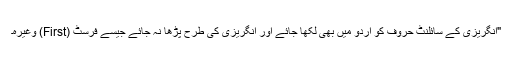
"انگریزی کے سائلنٹ حروف کو اردو میں بھی لکھا جائے اور انگریزی کی طرح پڑھا نہ جائے جیسے فرسٹ (First) وغیرہ۔